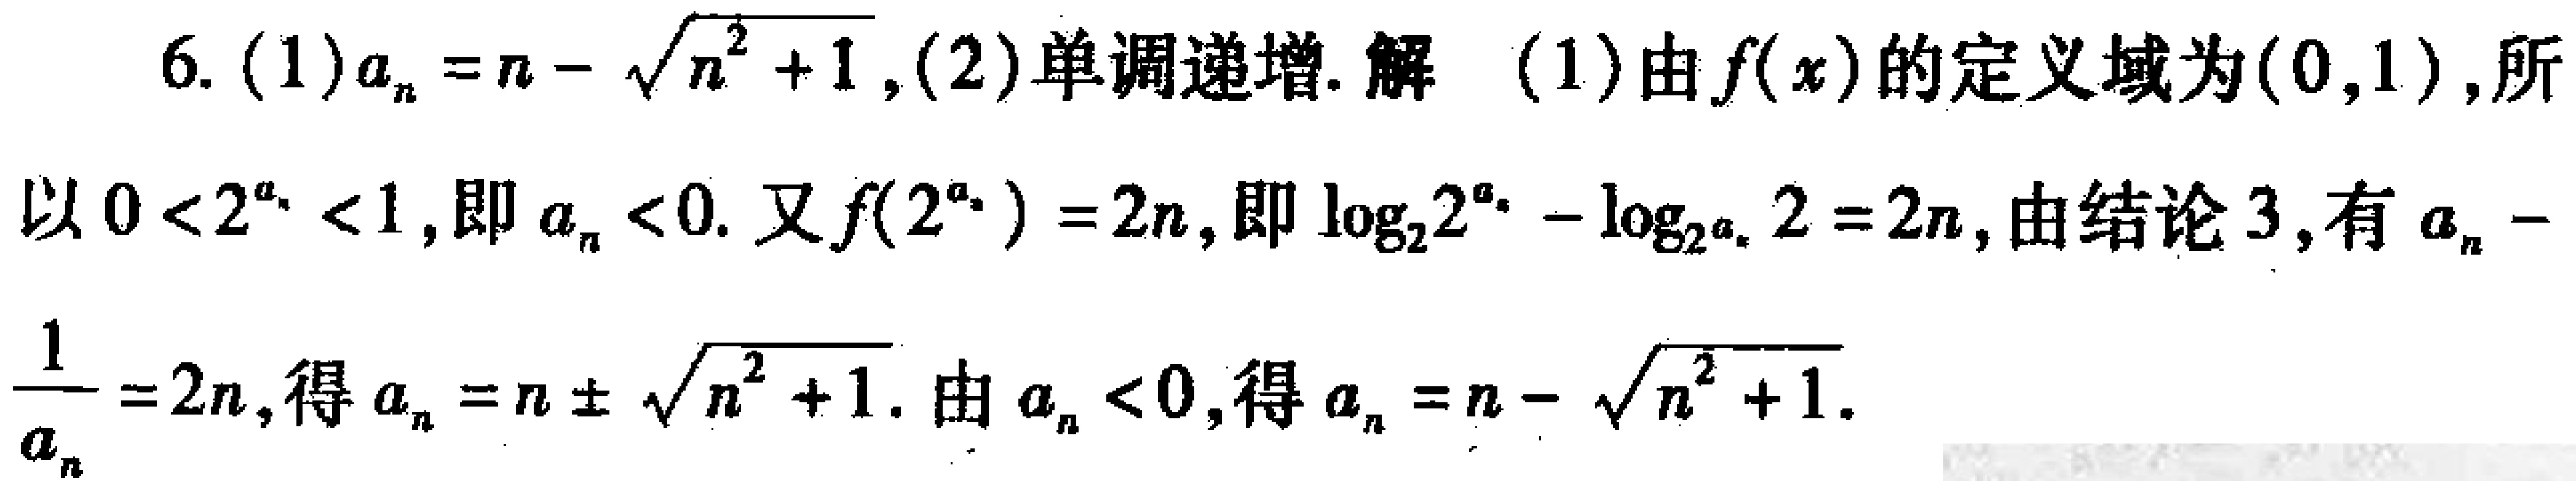
6. (1) \(a_{n}=n - \sqrt{n^{2}+1}\), (2)单调递增. 解 (1)由\(f(x)\)的定义域为\((0,1)\), 所以\(0 < 2^{a_{n}}<1\), 即\(a_{n}<0\). 又\(f(2^{a_{n}})=2n\), 即\(\log_{2}2^{a_{n}}-\log_{2^{a_{n}}}2 = 2n\), 由结论3, 有\(a_{n}-\frac{1}{a_{n}}=2n\), 得\(a_{n}=n\pm\sqrt{n^{2}+1}\). 由\(a_{n}<0\), 得\(a_{n}=n - \sqrt{n^{2}+1}\).